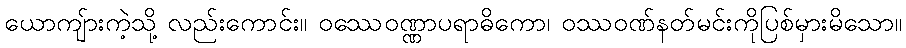
ယောကျ်ားကဲ့သို့ လည်းကောင်း။ ဝဿေဝဏ္ဏာပရာဓိကော၊ ဝဿဝဏ်နတ်မင်းကိုပြစ်မှားမိသော။